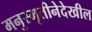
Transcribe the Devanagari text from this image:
मनुस्मृतीनेदेखील